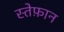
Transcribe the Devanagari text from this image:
स्तेफ़ान